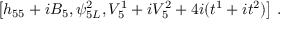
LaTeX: \left[ h _ { 5 5 } + i B _ { 5 } , \psi _ { 5 L } ^ { 2 } , V _ { 5 } ^ { 1 } + i V _ { 5 } ^ { 2 } + 4 i ( t ^ { 1 } + i t ^ { 2 } ) \right] \, .